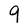
Character: 9